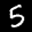
Label: 5